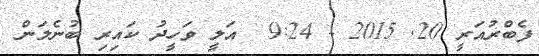
ފެބްރުއަރީ 20